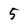
Character: 5